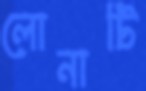
লোনাটি